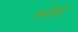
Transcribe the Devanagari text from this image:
खटौटा